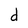
Character: d